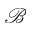
\mathcal { B }